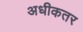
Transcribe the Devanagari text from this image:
अधीकतर